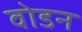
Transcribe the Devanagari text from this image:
वोडन